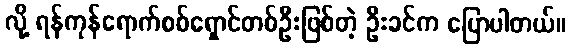
လို့ ရန်ကုန်ရောက်စစ်ရှောင်တစ်ဦးဖြစ်တဲ့ ဦးခင်က ပြောပါတယ်။